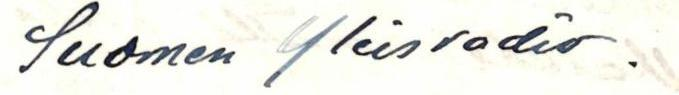
Suomen Yleisradio.